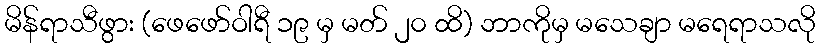
မိန်ရာသီဖွား (ဖေဖော်ဝါရီ ၁၉ မှ မတ် ၂၀ ထိ) ဘာကိုမှ မသေချာ မရေရာသလို